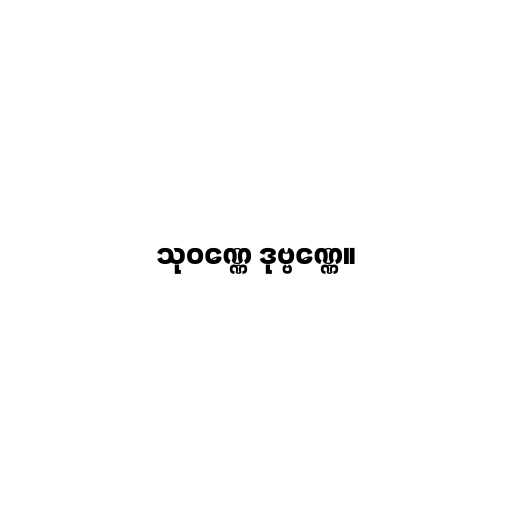
သုဝဏ္ဏေ ဒုဗ္ဗဏ္ဏေ။